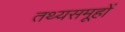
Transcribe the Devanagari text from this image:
तथ्यसमूहों